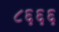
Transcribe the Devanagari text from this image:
८६६६